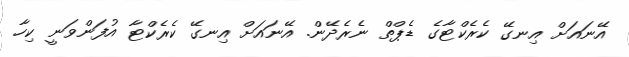
އޭނައަށް އިނގޭ ކެރެކްޓާގެ ޑެޕްތް ނެރެދޭން. އޭނައަށް އިނގޭ ކެރެކްޓާ އުފަންވަނީ ކިހާ